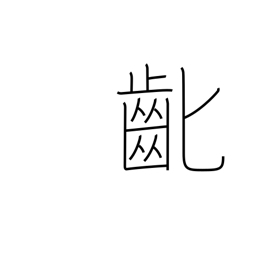
Meaning: losing baby teeth